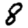
Digit: 8